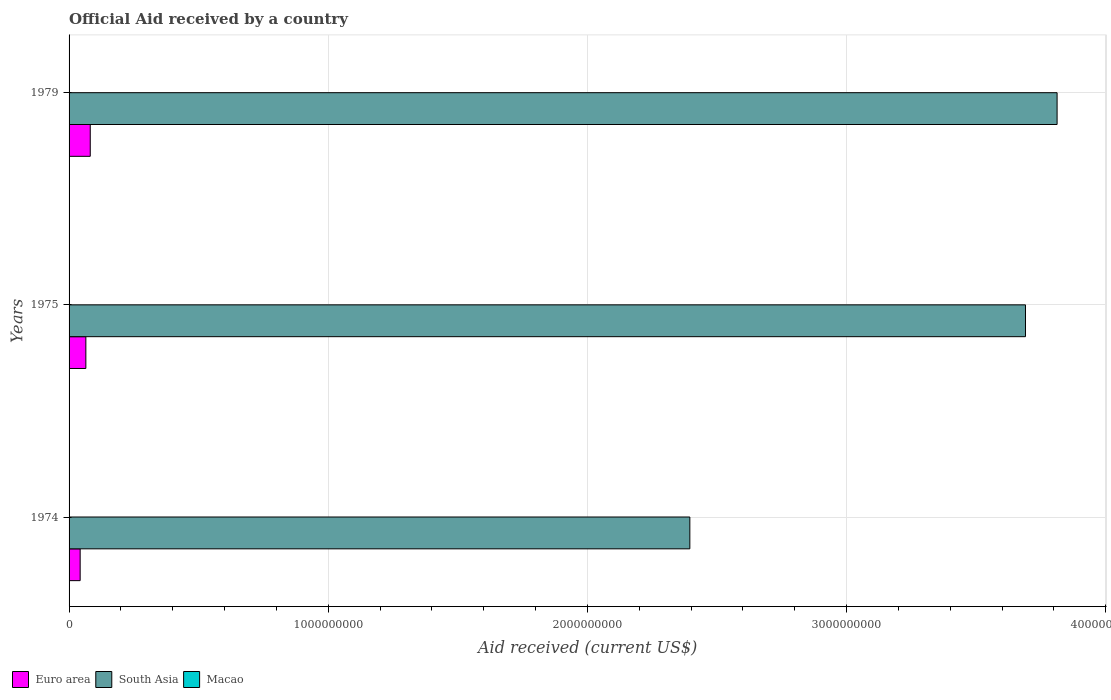
| Years | Euro area | South Asia | Macao |
 | --- | --- | --- | --- |
 | 1974 | 4.28e+07 | 2.4e+09 | 3e+04 |
 | 1975 | 6.48e+07 | 3.69e+09 | 2e+04 |
 | 1979 | 8.17e+07 | 3.81e+09 | 2e+04 |